Civil Veterinary Dept. North-West Frontier Province 1901-22 - 1901-1922
Year: 1901
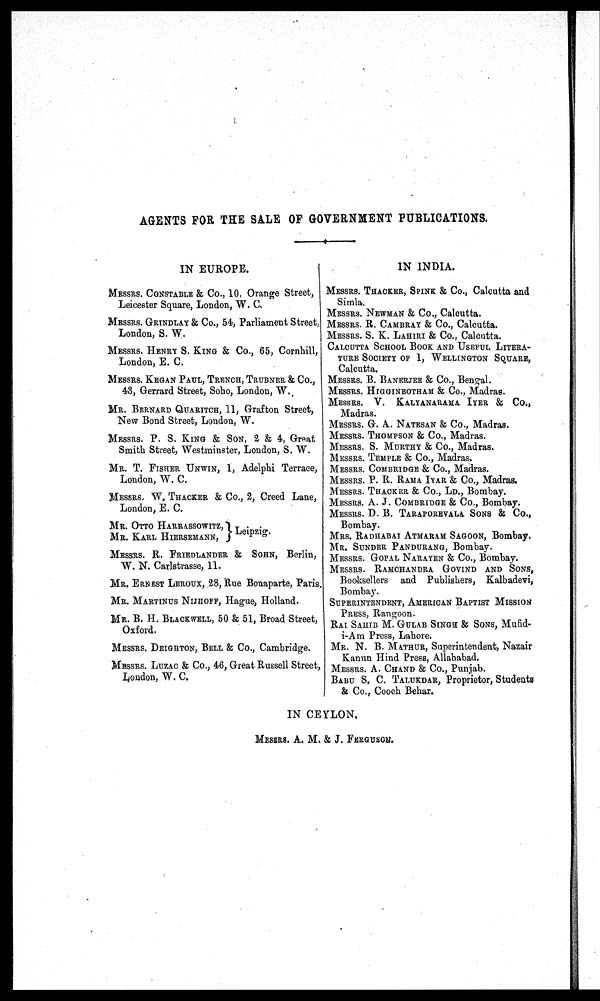
AGENTS FOR THE SALE OF GOVERNMENT PUBLICATIONS.
IN EUROPE.
MESSRS. CONSTABLE & Co., 10, Orange Street,
Leicester Square, London, W. C.
MESSRS. GRINDLAY & Co., 54, Parliament Street.
London, S. W.
MESSRS. HENRY S. KING & Co., 65, Cornhill,
London, E. C.
MESSRS. KEGAN PAUL, TRENCH, TRUBNER & Co.,
43, Gerrard Street, Soho, London, W.
MR. BERNARD QUARITCH, 11, Grafton Street,
New Bond Street, London, W.
MESSRS. P. S. KING & SON, 2 & 4, Great
Smith Street, Westminster, London, S. W.
MR. T. FISHER UNWIN, 1, Adelphi Terrace,
London, W. C.
MESSRS. W. THACKER & Co., 2, Creed Lane,
London, E. C.
Leipzig.
MR. OTTO HARRASSOWITZ,
MR. KARL HIERSEMANN,
MESSRS. R. FRIEDLANDER & SOHN, Berlin,
W. N. Carlstrasse, 11.
MR. ERNEST LEROUX, 28, Rue Bonaparte, Paris.
MR. MARTINUS NIJHOFF, Hague, Holland.
MR. B. H. BLACKWELL, 50 & 51, Broad Street,
Oxford.
MESSRS. DEIGHTON, BELL & Co., Cambridge.
MESSRS. LUZAC & Co., 46, Great Russell Street,
London, W. C.
IN INDIA.
MESSRS. THACKER, SPINK & Co., Calcutta and
Simla.
MESSRS. NEWMAN & Co., Calcutta.
MESSRS. R. CAMBRAY & Co., Calcutta.
MESSRS. S. K. LAHIRI & Co., Calcutta.
CALCUTTA SCHOOL BOOK AND USEFUL LITERA-
TURE SOCIETY OF 1, WELLINGTON SQUARE,
Calcutta.
MESSRS. B. BANERJEE & Co., Bengal.
MESSRS. HIGGINBOTHAM & Co., Madras.
MESSRS. V. KALYANARAMA IYER & Co.,
Madras.
MESSRS. G. A. NATESAN & Co., Madras.
MESSRS. THOMPSON & Co., Madras.
MESSRS. S. MURTHY & Co., Madras.
MESSRS. TEMPLE & Co., Madras.
MESSRS. COMBRIDGE & Co., Madras.
MESSRS. P. R. RAMA IYAR & Co., Madras.
MESSRS. THACKER & Co., LD., Bombay.
MESSRS. A. J. COMBRIDGE & Co., Bombay.
MESSRS. D. B. TARAPOREVALA SONS & Co.,
Bombay.
MRS. RADHABAI ATMARAM SAGOON, Bombay.
MR. SUNDER PANDURANG, Bombay.
MESSRS. GOPAL NARAYEN & Co., Bombay.
MESSRS. RAMCHANDRA GOVIND AND SONS,
Booksellers and Publishers, Kalbadevi,
Bombay.
SUPERINTENDENT, AMERICAN BAPTIST MISSION
PRESS, Rangoon.
RAI SAHIB M. GULAB SINGH & SONS, Mufid-
i-Am Press, Lahore.
MR. N. B. MATHUR, Superintendent, Nazair
Kanun Hind Press, Allahabad.
MESSRS. A. CHAND & Co., Punjab.
BABU S. C. TALUKDAR, Proprietor, Students
& Co., Cooch Behar.
IN CEYLON.
MESSRS. A. M. & J. FERGUSON.